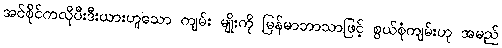
အင်စိုင်ကလိုပီးဒီးယားဟူသော ကျမ်း မျိုးကို မြန်မာဘာသာဖြင့် စွယ်စုံကျမ်းဟု အမည်